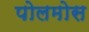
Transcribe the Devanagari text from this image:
पोलमोस